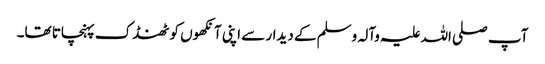
آپ صلی اللہ علیہ وآلہ وسلم کے دیدار سے اپنی آنکھوں کو ٹھنڈک پہنچاتا تھا۔